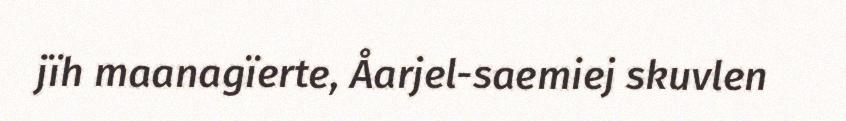
jïh maanagïerte, Åarjel-saemiej skuvlen